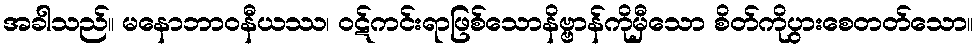
အခါသည်။ မနောဘာဝနီယဿ၊ ဝဋ်ကင်းရာဖြစ်သောနိဗ္ဗာန်ကိုမှီသော စိတ်ကိုပွားစေတတ်သော။